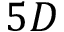
5 D